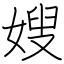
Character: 嫂